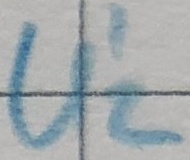
Text: U'2